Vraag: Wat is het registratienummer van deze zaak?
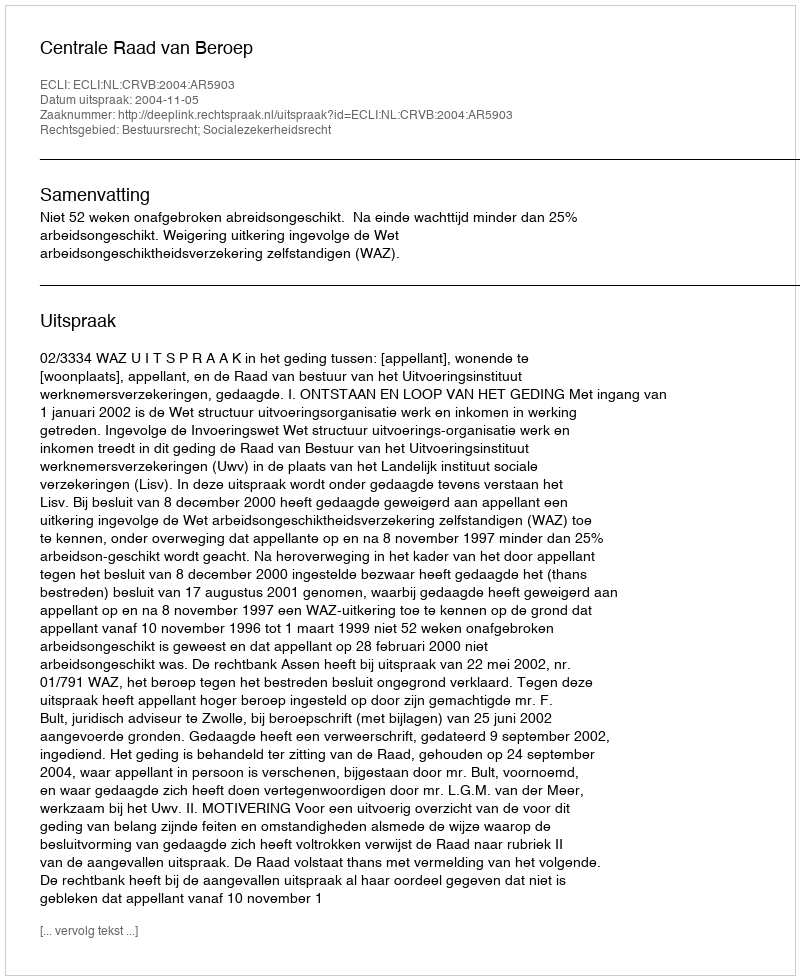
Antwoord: http://deeplink.rechtspraak.nl/uitspraak?id=ECLI:NL:CRVB:2004:AR5903